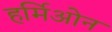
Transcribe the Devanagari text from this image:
हर्मिओन